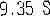
9.35 S